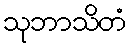
သုဘာသိတံ